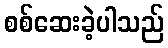
စစ်ဆေးခဲ့ပါသည်